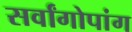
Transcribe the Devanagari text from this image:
सर्वांगोपांग